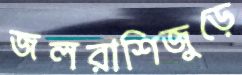
জলরাশিজুড়ে